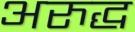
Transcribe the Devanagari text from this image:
अरुद्ध